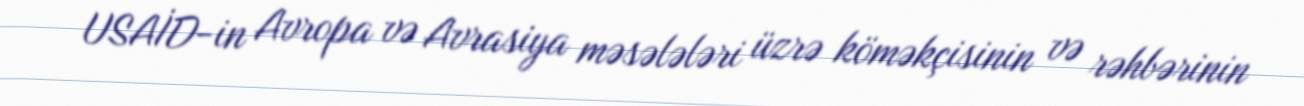
USAİD-in Avropa və Avrasiya məsələləri üzrə köməkçisinin və rəhbərinin